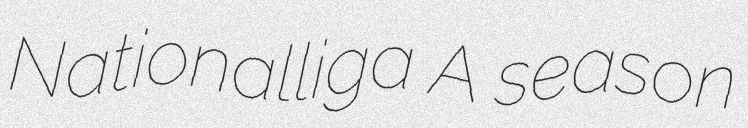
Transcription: Nationalliga A season